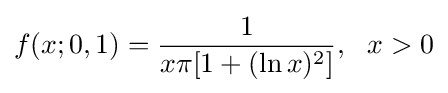
f(x;0,1)={\frac {1}{x\pi [1+(\ln x)^{2}]}},\ \ x>0